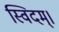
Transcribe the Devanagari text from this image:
स्विदम्।